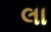
લા